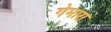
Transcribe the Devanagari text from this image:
गेमारा